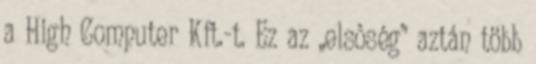
a High Computer Kft.-t. Ez az „elsôség” aztán több